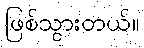
ဖြစ်သွားတယ်။